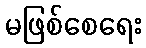
မဖြစ်စေရေး